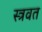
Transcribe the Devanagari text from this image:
स्त्रवत